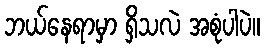
ဘယ်နေရာမှာ ရှိသလဲ အစုံပါပဲ။